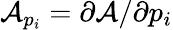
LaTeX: \mathcal{A}_{p_{i}}=\partial\mathcal{A}/\partial{p_{i}}